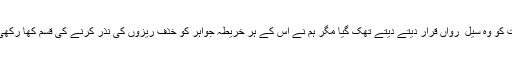
حقیقت کو وہ سیل ِ رواں قرار دیتے دیتے تھک گیا مگر ہم نے اس کے ہر خریطہ جواہر کو خذف ریزوں کی نذر کرنے کی قسم کھا رکھی ہے۔